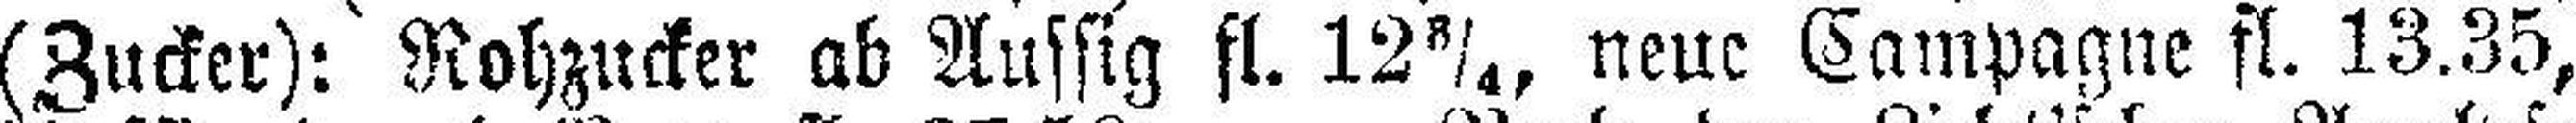
(Zucker): Rohzucker ab Aussig fl. 12¾, neue Campagne fl. 13.35,